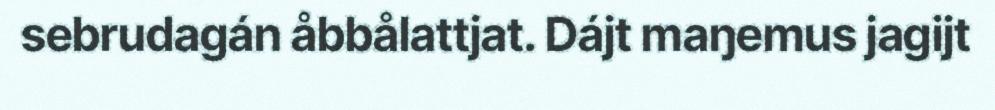
sebrudagán åbbålattjat. Dájt maŋemus jagijt